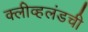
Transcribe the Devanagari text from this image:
क्लीव्हलंडची